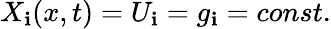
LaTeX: X_{\mathbf{i}}(x,t)=U_{\mathbf{i}}=g_{\mathbf{i}}=const.